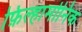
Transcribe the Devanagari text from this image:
फ़िल्हार्मोनिक